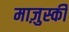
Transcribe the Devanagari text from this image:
माज़ुर्स्की